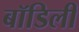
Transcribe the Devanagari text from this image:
बॉडिली